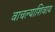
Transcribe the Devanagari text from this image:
वाचल्याशिवाय